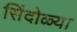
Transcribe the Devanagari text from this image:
सिंदोळ्या